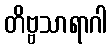
တိဗ္ဗသာရာဂါ